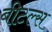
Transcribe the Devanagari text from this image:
बीटल्‍स